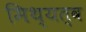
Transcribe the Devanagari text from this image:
मिथ्यत्व